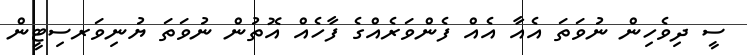
ސީ ދިވެހިން ނުވަތަ އެއާ އެއް ފެންވަރެއްގެ ފާހެއް އޮތުން ނުވަތަ ޔުނިވަރސިޓީން